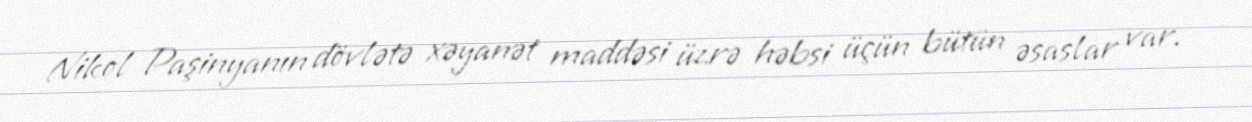
Nikol Paşinyanın dövlətə xəyanət maddəsi üzrə həbsi üçün bütün əsaslar var.